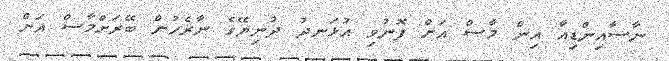
ނާސާއިންޑިއާ އިން މާސް އަށް ފޮނުވި އުޅަނދު ދުނިޔޭގެ ނާރެހުން ބޭރަށްމާސް އަށް